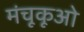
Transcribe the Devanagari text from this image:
मंचूकूओ